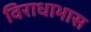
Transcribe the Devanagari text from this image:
विराधाभास